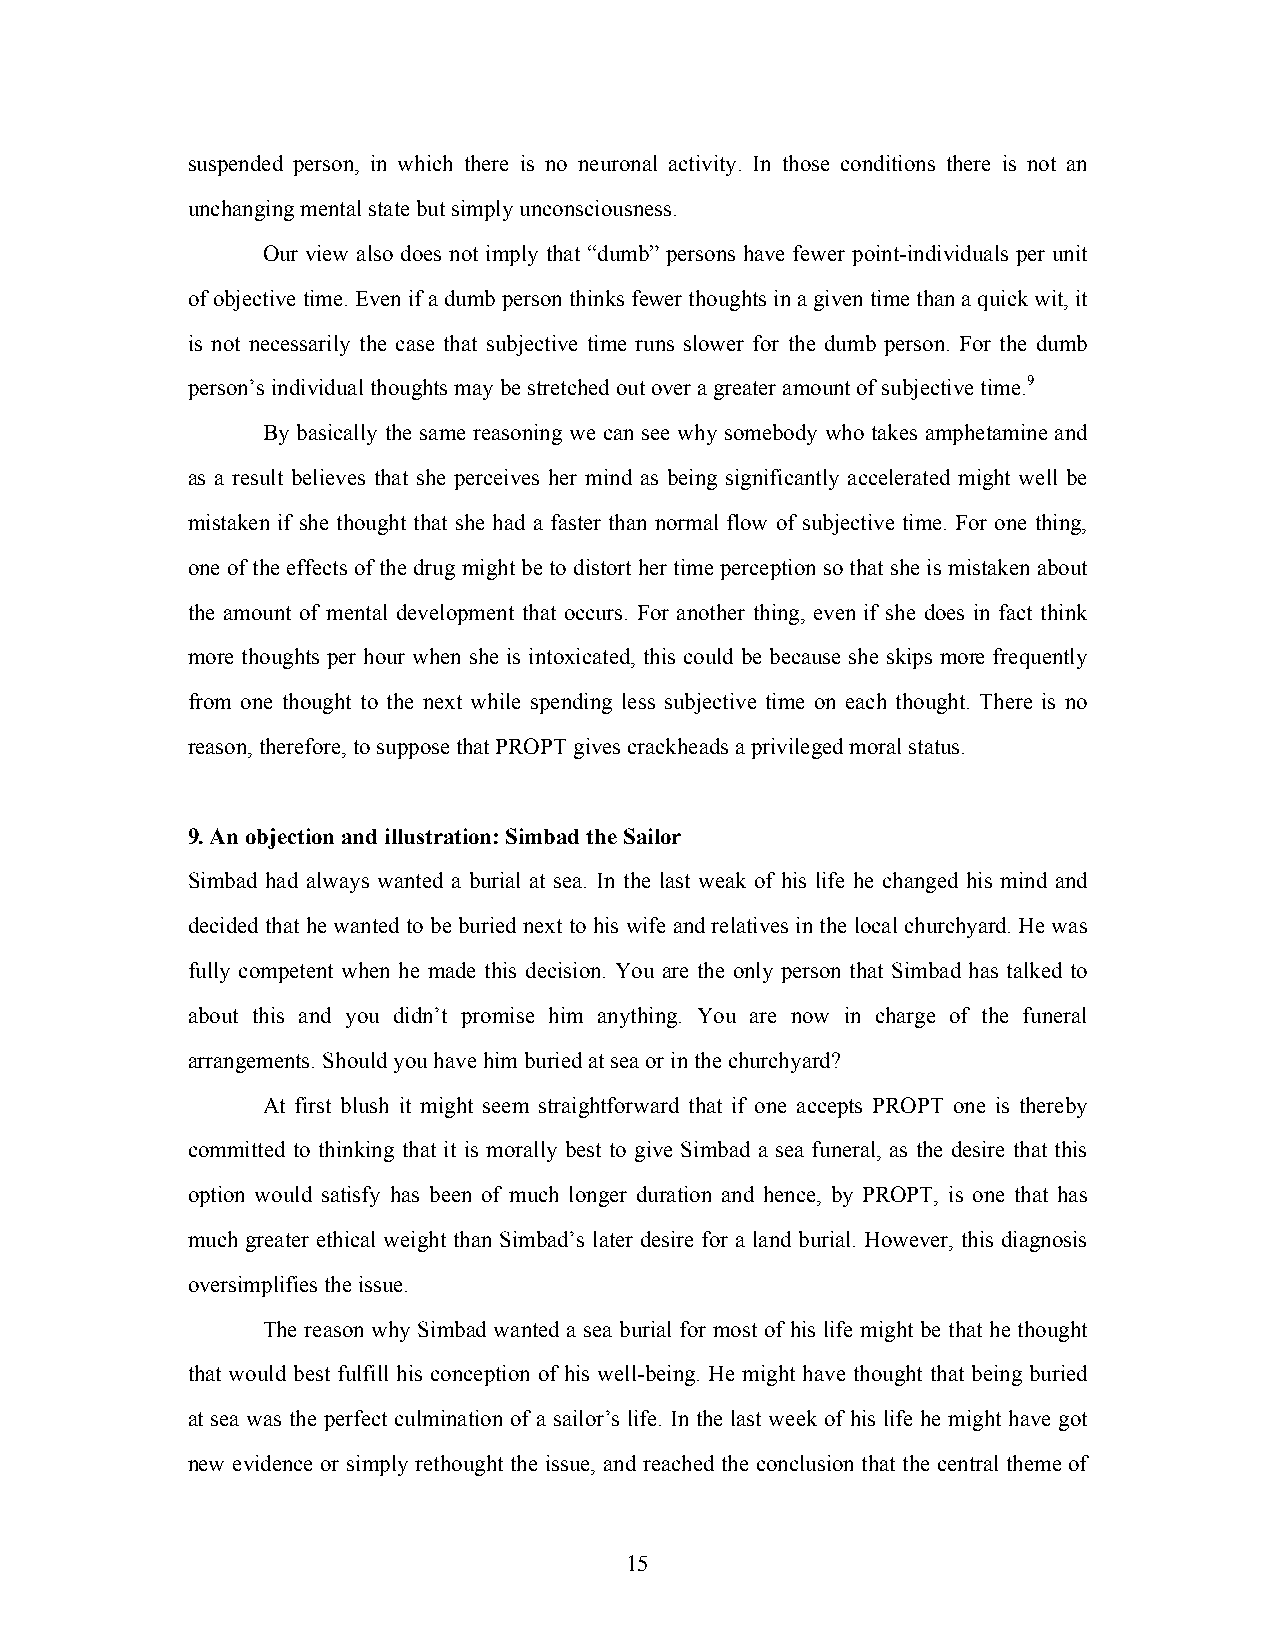
suspended person, in which there is no neuronal activity. In those conditions there is not an
 unchanging mental state but simply unconsciousness.
 Our view also does not imply that “dumb” persons have fewer point-individuals per unit
 of objective time. Even if a dumb person thinks fewer thoughts in a given time than a quick wit, it
 is not necessarily the case that subjective time runs slower for the dumb person. For the dumb
 person’s individual thoughts may be stretched out over a greater amount of subjective time.9
 By basically the same reasoning we can see why somebody who takes amphetamine and
 as a result believes that she perceives her mind as being significantly accelerated might well be
 mistaken if she thought that she had a faster than normal flow of subjective time. For one thing,
 one of the effects of the drug might be to distort her time perception so that she is mistaken about
 the amount of mental development that occurs. For another thing, even if she does in fact think
 more thoughts per hour when she is intoxicated, this could be because she skips more frequently
 from one thought to the next while spending less subjective time on each thought. There is no
 reason, therefore, to suppose that PROPT gives crackheads a privileged moral status.
 9. An objection and illustration: Simbad the Sailor
 Simbad had always wanted a burial at sea. In the last weak of his life he changed his mind and
 decided that he wanted to be buried next to his wife and relatives in the local churchyard. He was
 fully competent when he made this decision. You are the only person that Simbad has talked to
 about this and you didn’t promise him anything. You are now in charge of the funeral
 arrangements. Should you have him buried at sea or in the churchyard?
 At first blush it might seem straightforward that if one accepts PROPT one is thereby
 committed to thinking that it is morally best to give Simbad a sea funeral, as the desire that this
 option would satisfy has been of much longer duration and hence, by PROPT, is one that has
 much greater ethical weight than Simbad’s later desire for a land burial. However, this diagnosis
 oversimplifies the issue.
 The reason why Simbad wanted a sea burial for most of his life might be that he thought
 that would best fulfill his conception of his well-being. He might have thought that being buried
 at sea was the perfect culmination of a sailor’s life. In the last week of his life he might have got
 new evidence or simply rethought the issue, and reached the conclusion that the central theme of
 15